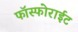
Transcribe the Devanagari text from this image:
फॉस्फोराईट